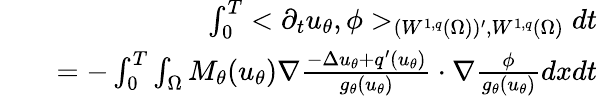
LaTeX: \begin{array}{rlr}&{}&{\int_{0}^{T}<\partial_{t}u_{\theta},\phi>_{(W^{1,q}(\Omega))^{\prime},W^{1,q}(\Omega)}dt}\\ &{}&{=-\int_{0}^{T}\int_{\Omega}M_{\theta}(u_{\theta})\nabla\frac{-\Delta u_{\theta}+q^{\prime}(u_{\theta})}{g_{\theta}(u_{\theta})}\cdot\nabla\frac{\phi}{g_{\theta}(u_{\theta})}dxdt}\end{array}